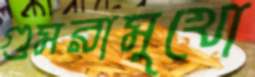
গুমরামুখো